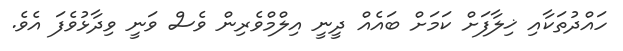
ހައްދުތަކާއި ޚިލާފަށް ކަމަށް ބައެއް ދީނީ އިލްމްވެރިން ވެސް ވަނީ ވިދާޅުވެފަ އެވެ.